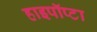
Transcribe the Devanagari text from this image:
हाइपॉप्टा